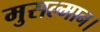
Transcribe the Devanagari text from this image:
मुसल्मान।